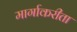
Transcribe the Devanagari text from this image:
मार्गाकरीता